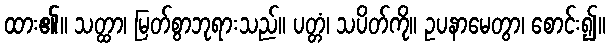
ထား၏။ သတ္ထာ၊ မြတ်စွာဘုရားသည်။ ပတ္တံ၊ သပိတ်ကို။ ဥပနာမေတွာ၊ စောင်း၍။